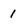
Character: 1